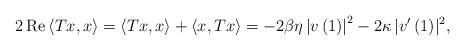
LaTeX: \begin{align*}2\operatorname{Re}\left<Tx,x\right>=\left<Tx,x\right>+\left<x,Tx\right>=-2\beta\eta\left|v\left(1\right)\right|^2-2\kappa\,|v'\left(1\right)\!|^2,\end{align*}